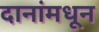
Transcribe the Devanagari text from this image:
दानांमधून